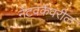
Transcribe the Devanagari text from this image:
नेटवर्कवरील